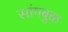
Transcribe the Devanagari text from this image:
सांगबुक